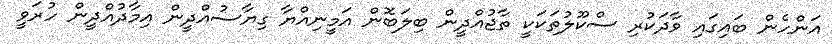
އަންހެން ބައިގައި ވާދަކުރި ސްކޫލުތަކަކީ ތާޖުއްދީން ބިލަބޮން އަމީނިއްޔާ ގިޔާސުއްދީން އިމާދުއްދީން ހުރަވީ